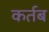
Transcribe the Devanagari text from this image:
कर्तब